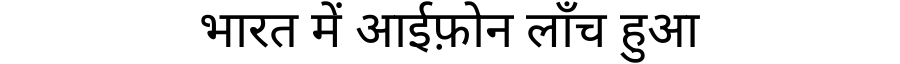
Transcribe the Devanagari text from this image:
भारत में आईफ़ोन लाँच हुआ